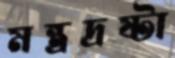
মন্ত্রদ্রষ্টা